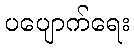
ပပျောက်ရေး